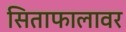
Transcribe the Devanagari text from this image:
सिताफालावर